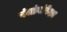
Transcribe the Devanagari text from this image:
पंचांगांपेक्षा